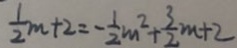
\frac { 1 } { 2 } m + 2 = - \frac { 1 } { 2 } m ^ { 2 } + \frac { 3 } { 2 } m + 2